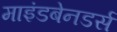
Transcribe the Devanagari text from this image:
माइंडबेनडर्स